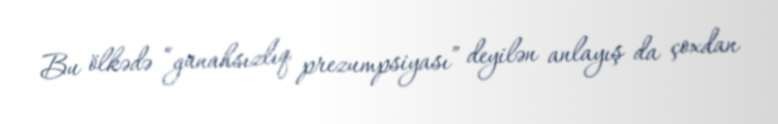
Bu ölkədə “günahsızlıq prezumpsiyası” deyilən anlayış da çoxdan